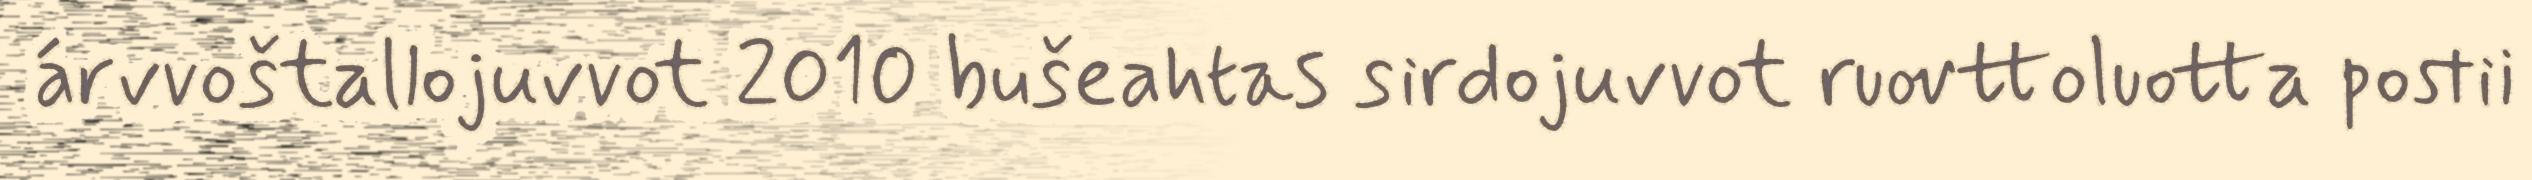
árvvoštallojuvvot 2010 bušeahtas sirdojuvvot ruovttoluotta postii